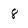
Character: 8